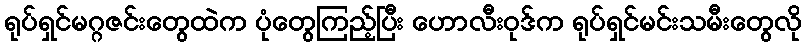
ရုပ်ရှင်မဂ္ဂဇင်းတွေထဲက ပုံတွေကြည့်ပြီး ဟောလီးဝုဒ်က ရုပ်ရှင်မင်းသမီးတွေလို